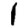
Digit: 1